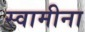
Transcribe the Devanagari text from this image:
स्वामीना